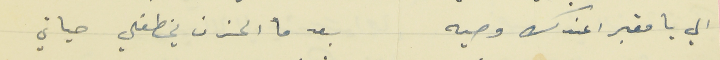
الي يا مقبرا عندك وصيه                                     بعد ما الحزن يخطفلي حياتي